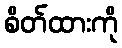
စိတ်ထားကို